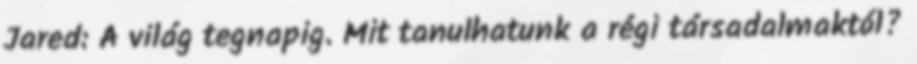
Jared: A világ tegnapig. Mit tanulhatunk a régi társadalmaktól?